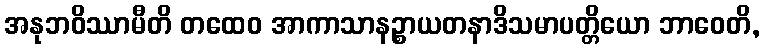
အနုဘဝိဿာမီတိ တထေဝ အာကာသာနဉ္စာယတနာဒိသမာပတ္တိယော ဘာဝေတိ,